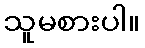
သူမစားပါ။